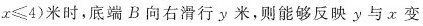
x ≤ 4 )$$米时，底端B向右滑行y米，则能够反映y与x变